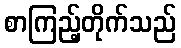
စာကြည့်တိုက်သည်